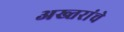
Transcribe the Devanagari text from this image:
अख्तरांचे